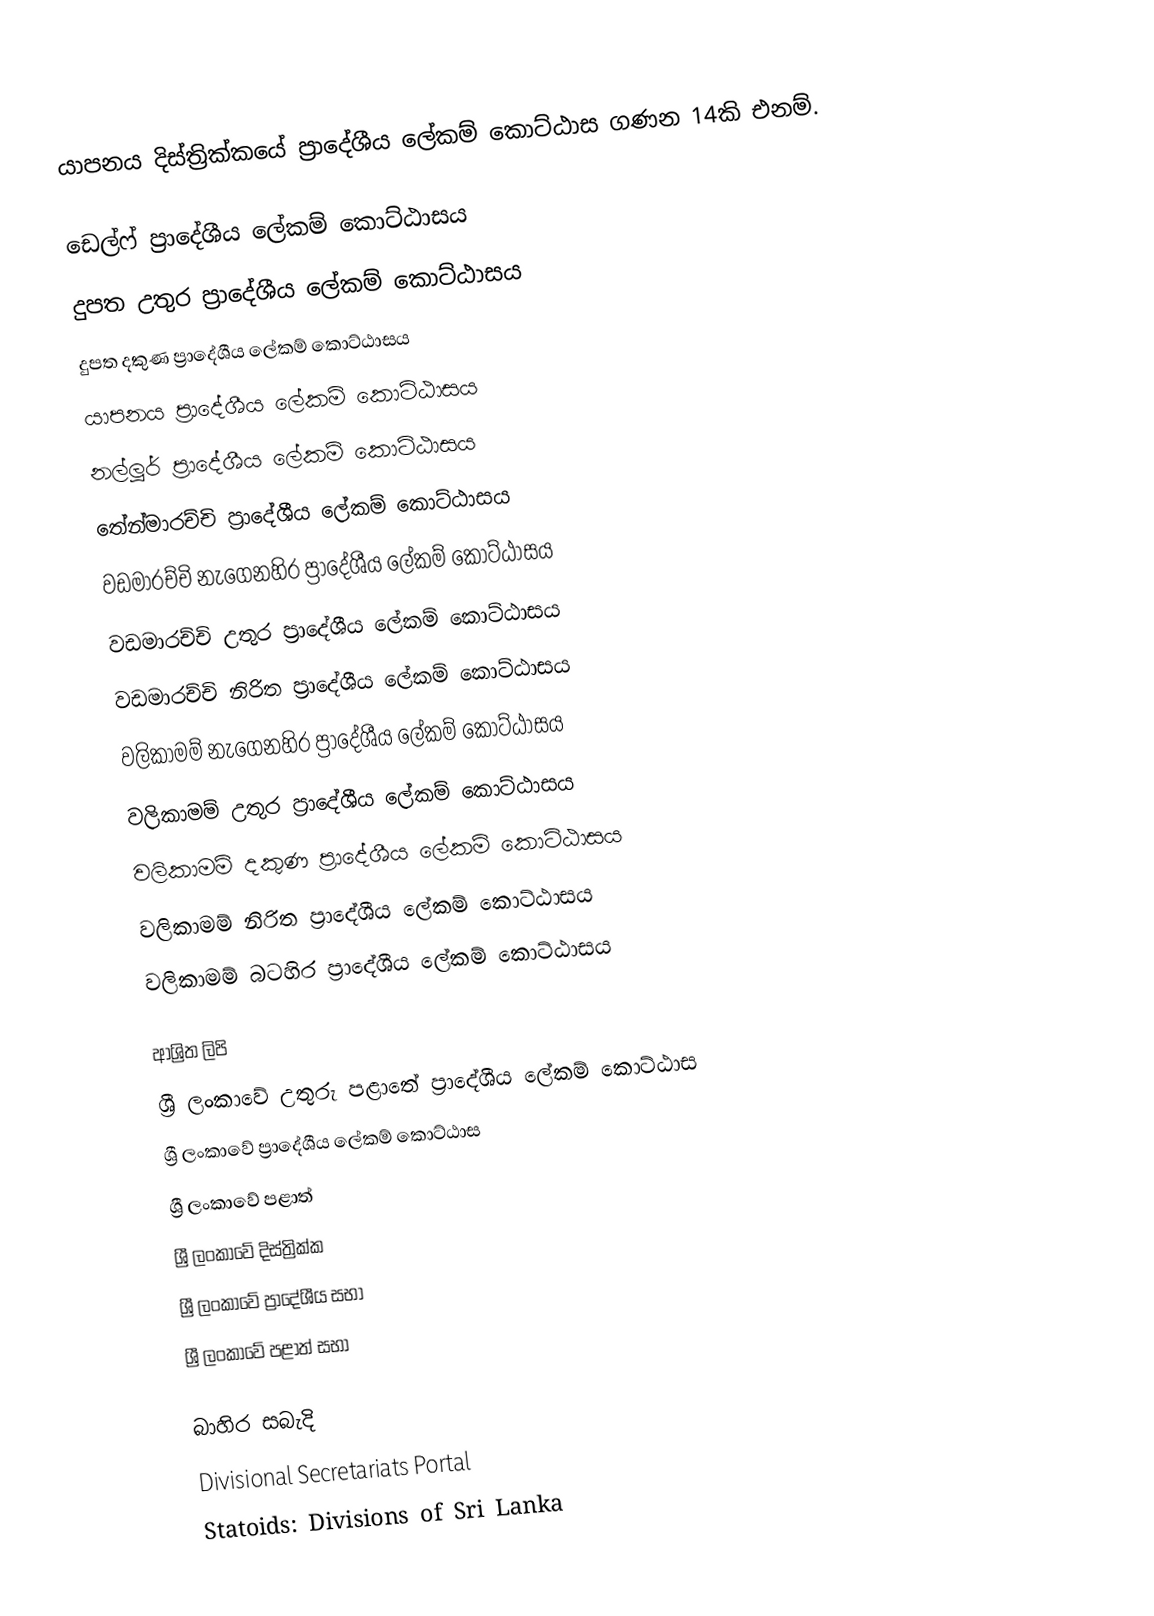
යාපනය දිස්ත්‍රික්කයේ ප්‍රාදේශීය ලේකම් කොට්ඨාස ගණන 14කි එනම්.

 ඩෙල්ෆ් ප්‍රාදේශීය ලේකම් කොට්ඨාසය
 දුපත උතුර ප්‍රාදේශීය ලේකම් කොට්ඨාසය
 දුපත දකුණ ප්‍රාදේශීය ලේකම් කොට්ඨාසය
 යාපනය ප්‍රාදේශීය ලේකම් කොට්ඨාසය
 නල්ලූර් ප්‍රාදේශීය ලේකම් කොට්ඨාසය
 තේන්මාරච්චි ප්‍රාදේශීය ලේකම් කොට්ඨාසය
 වඩමාරච්චි නැගෙනහිර ප්‍රාදේශීය ලේකම් කොට්ඨාසය
 වඩමාරච්චි උතුර ප්‍රාදේශීය ලේකම් කොට්ඨාසය
 වඩමාරච්චි නිරිත ප්‍රාදේශීය ලේකම් කොට්ඨාසය
 වලිකාමම් නැගෙනහිර ප්‍රාදේශීය ලේකම් කොට්ඨාසය
 වලිකාමම් උතුර ප්‍රාදේශීය ලේකම් කොට්ඨාසය
 වලිකාමම් දකුණ ප්‍රාදේශීය ලේකම් කොට්ඨාසය
 වලිකාමම් නිරිත ප්‍රාදේශීය ලේකම් කොට්ඨාසය
 වලිකාමම් බටහිර ප්‍රාදේශීය ලේකම් කොට්ඨාසය

ආශ්‍රිත ලිපි
 ශ්‍රී ලංකාවේ උතුරු පළාතේ ප්‍රාදේශීය ලේකම් කොට්ඨාස
 ශ්‍රී ලංකාවේ ප්‍රාදේශීය ලේකම් කොට්ඨාස
 ශ්‍රී ලංකාවේ පළාත්
 ශ්‍රී ලංකාවේ දිස්ත්‍රික්ක
 ශ්‍රී ලංකාවේ ප්‍රාදේශීය සභා
 ශ්‍රී ලංකාවේ පළාත් සභා

බාහිර සබැදි
 Divisional Secretariats Portal
 Statoids: Divisions of Sri Lanka